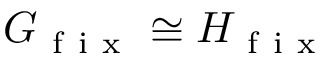
G _ { \mathrm { ~ f ~ i ~ x ~ } } \cong H _ { \mathrm { ~ f ~ i ~ x ~ } }